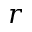
r